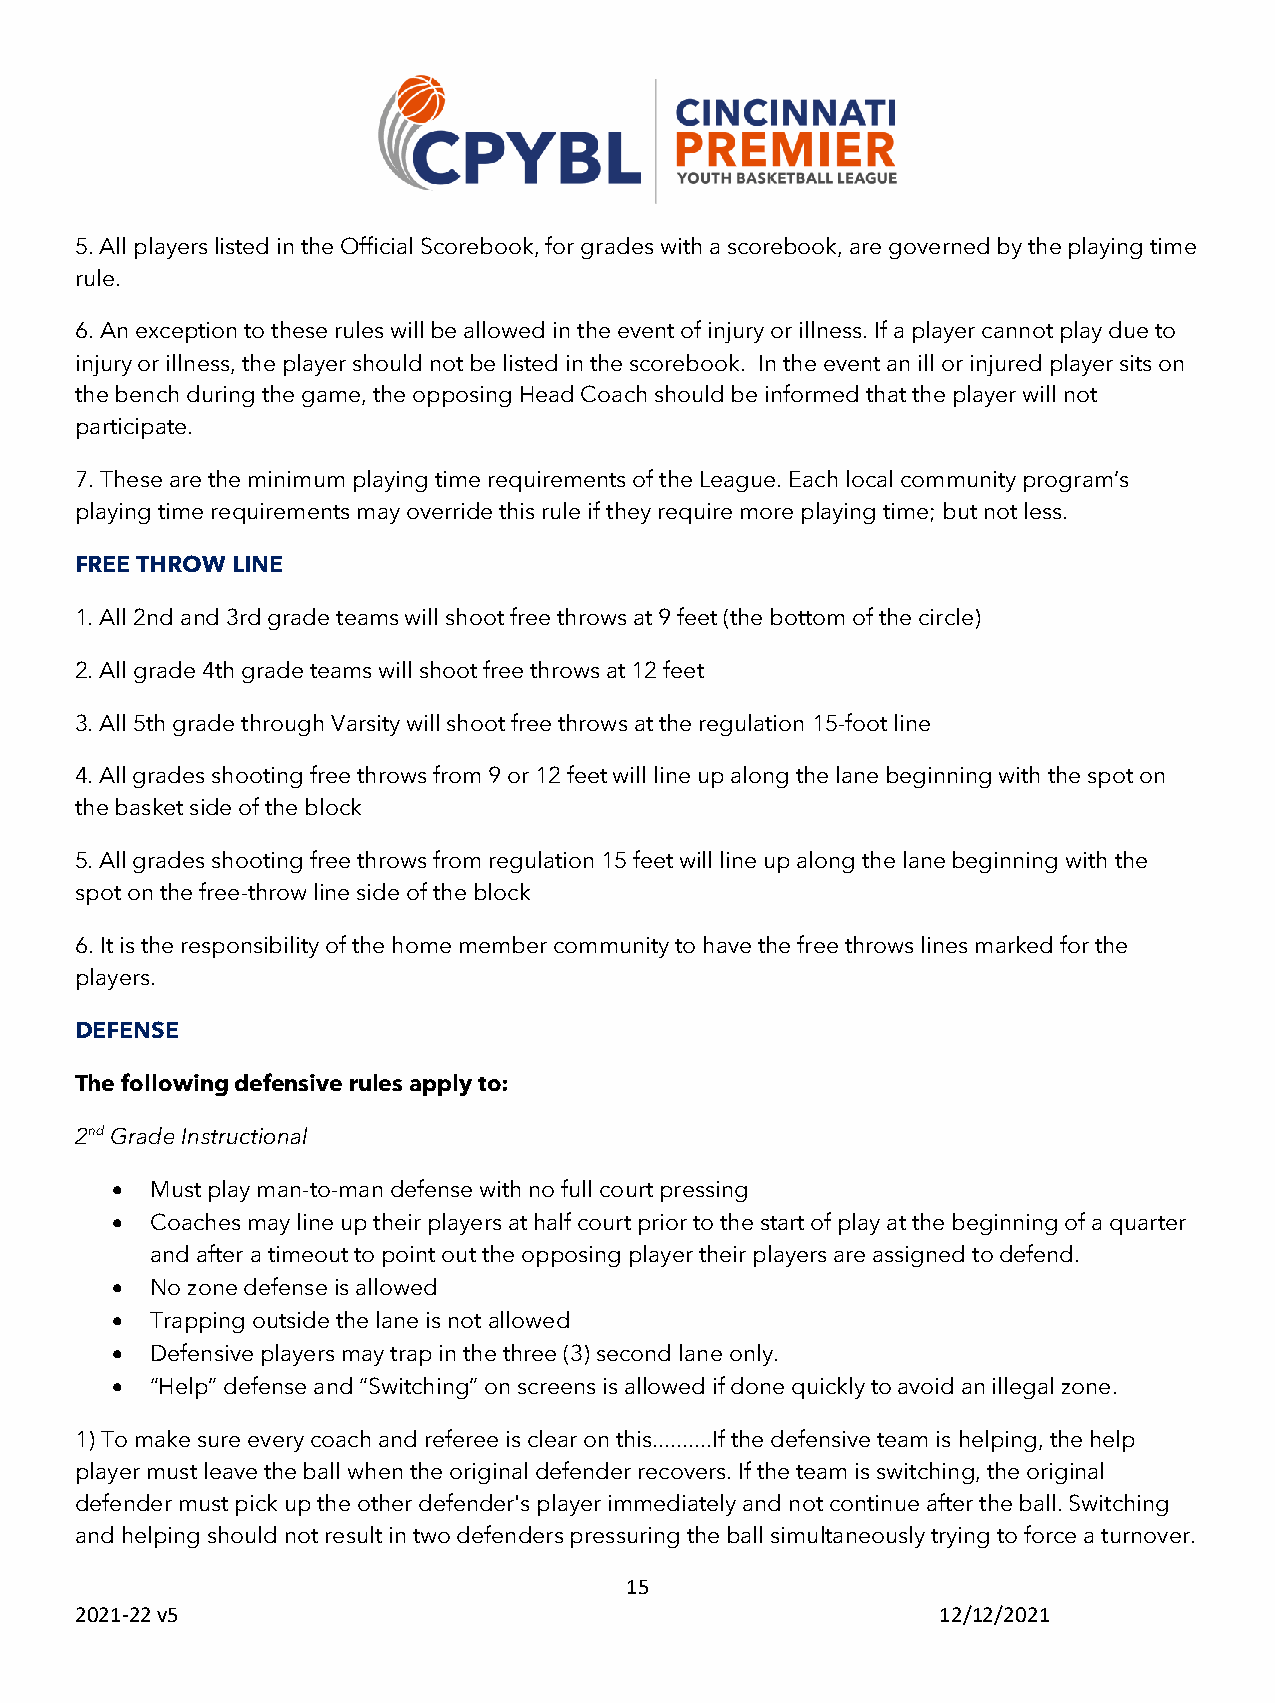
5. All players listed in the Official Scorebook, for grades with a scorebook, are governed by the playing time
 rule.
 6. An exception to these rules will be allowed in the event of injury or illness. If a player cannot play due to
 injury or illness, the player should not be listed in the scorebook. In the event an ill or injured player sits on
 the bench during the game, the opposing Head Coach should be informed that the player will not
 participate.
 7. These are the minimum playing time requirements of the League. Each local community program’s
 playing time requirements may override this rule if they require more playing time; but not less.
 FREE THROW LINE
 1. All 2nd and 3rd grade teams will shoot free throws at 9 feet (the bottom of the circle)
 2. All grade 4th grade teams will shoot free throws at 12 feet
 3. All 5th grade through Varsity will shoot free throws at the regulation 15-foot line
 4. All grades shooting free throws from 9 or 12 feet will line up along the lane beginning with the spot on
 the basket side of the block
 5. All grades shooting free throws from regulation 15 feet will line up along the lane beginning with the
 spot on the free-throw line side of the block
 6. It is the responsibility of the home member community to have the free throws lines marked for the
 players.
 DEFENSE
 The following defensive rules apply to:
 2nd Grade Instructional
 •  Must play man-to-man defense with no full court pressing
 •  Coaches may line up their players at half court prior to the start of play at the beginning of a quarter
 and after a timeout to point out the opposing player their players are assigned to defend.
 •  No zone defense is allowed
 •  Trapping outside the lane is not allowed
 •  Defensive players may trap in the three (3) second lane only.
 •  “Help” defense and “Switching” on screens is allowed if done quickly to avoid an illegal zone.
 1) To make sure every coach and referee is clear on this..........If the defensive team is helping, the help
 player must leave the ball when the original defender recovers. If the team is switching, the original
 defender must pick up the other defender's player immediately and not continue after the ball. Switching
 and helping should not result in two defenders pressuring the ball simultaneously trying to force a turnover.
 15
 2021-22 v5                                               12/12/2021